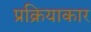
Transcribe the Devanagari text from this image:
प्रक्रियाकार